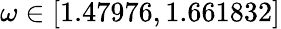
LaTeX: \omega\in[1.47976,1.661832]